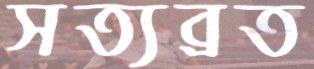
সত্যব্রত